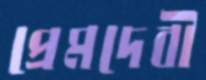
প্রেমদেবী